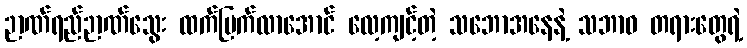
ဉာဏ်ရည်ဉာဏ်သွေး ထက်မြက်လာအောင် လေ့ကျင့်တဲ့ သဘောအနေနဲ့ သဘာဝ တရားတွေရဲ့